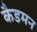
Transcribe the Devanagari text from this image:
कैडमन